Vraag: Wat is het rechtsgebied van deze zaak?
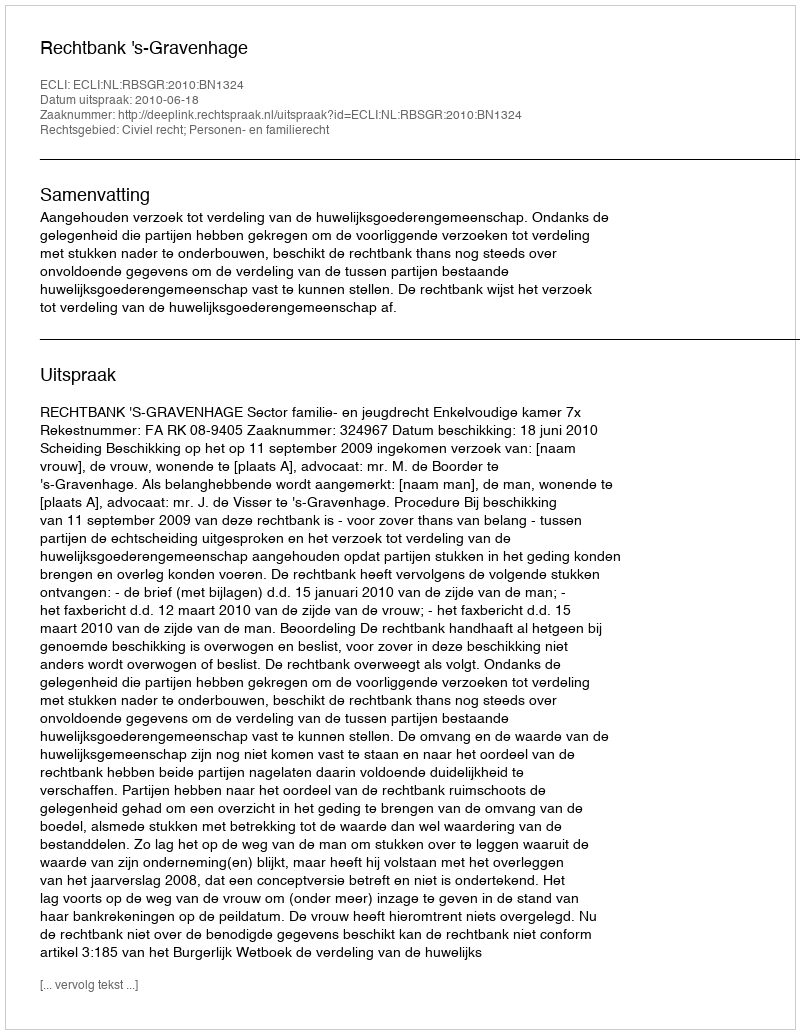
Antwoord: Civiel recht; Personen- en familierecht